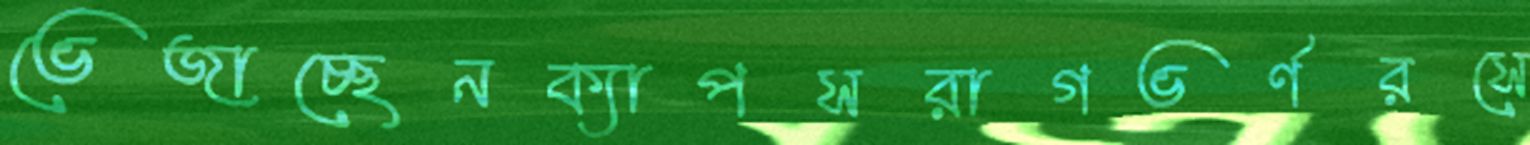
ভেজাচ্ছেনক্যাপসরাগভর্ণরসে